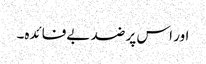
اور اس پر ضد بےفائدہ۔